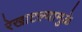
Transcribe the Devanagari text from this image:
रेखाटल्यामुळे